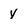
Character: y